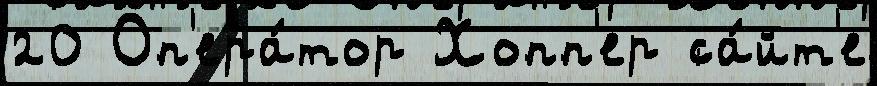
20 Оп'ера́тор Хопп'ер са́йт'е